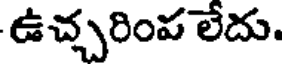
ఉచ్చరింప లేదు.